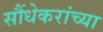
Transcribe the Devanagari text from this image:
सौंधेकरांच्या